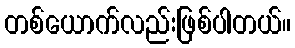
တစ်ယောက်လည်းဖြစ်ပါတယ်။